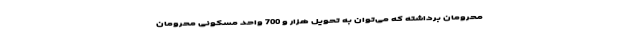
محرومان برداشته که می‌توان به تحویل هزار و 700 واحد مسکونی محرومان